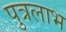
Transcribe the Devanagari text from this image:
पुत्रलाभ